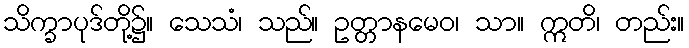
သိက္ခာပုဒ်တို့၌။ သေသံ၊ သည်။ ဥတ္တာနမေဝ၊ သာ။ ဣတိ၊ တည်း။